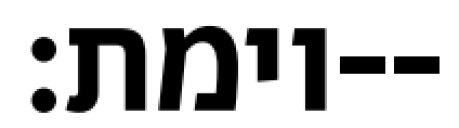
וימת׃--